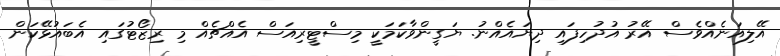
އޭލިއަނެއްވެސް އޭރު އުދުހިފައި ދިޔައެއްނު. ޔަގީންވާކަމަކީ މިސްޓީރިއަސް އެއްޗެއް މި ރިޒޯޓުގައި އެބައުޅޭކަން